Eesti_Evangeeliumi_Luteri_Usu_Konsistoorium, lk 7
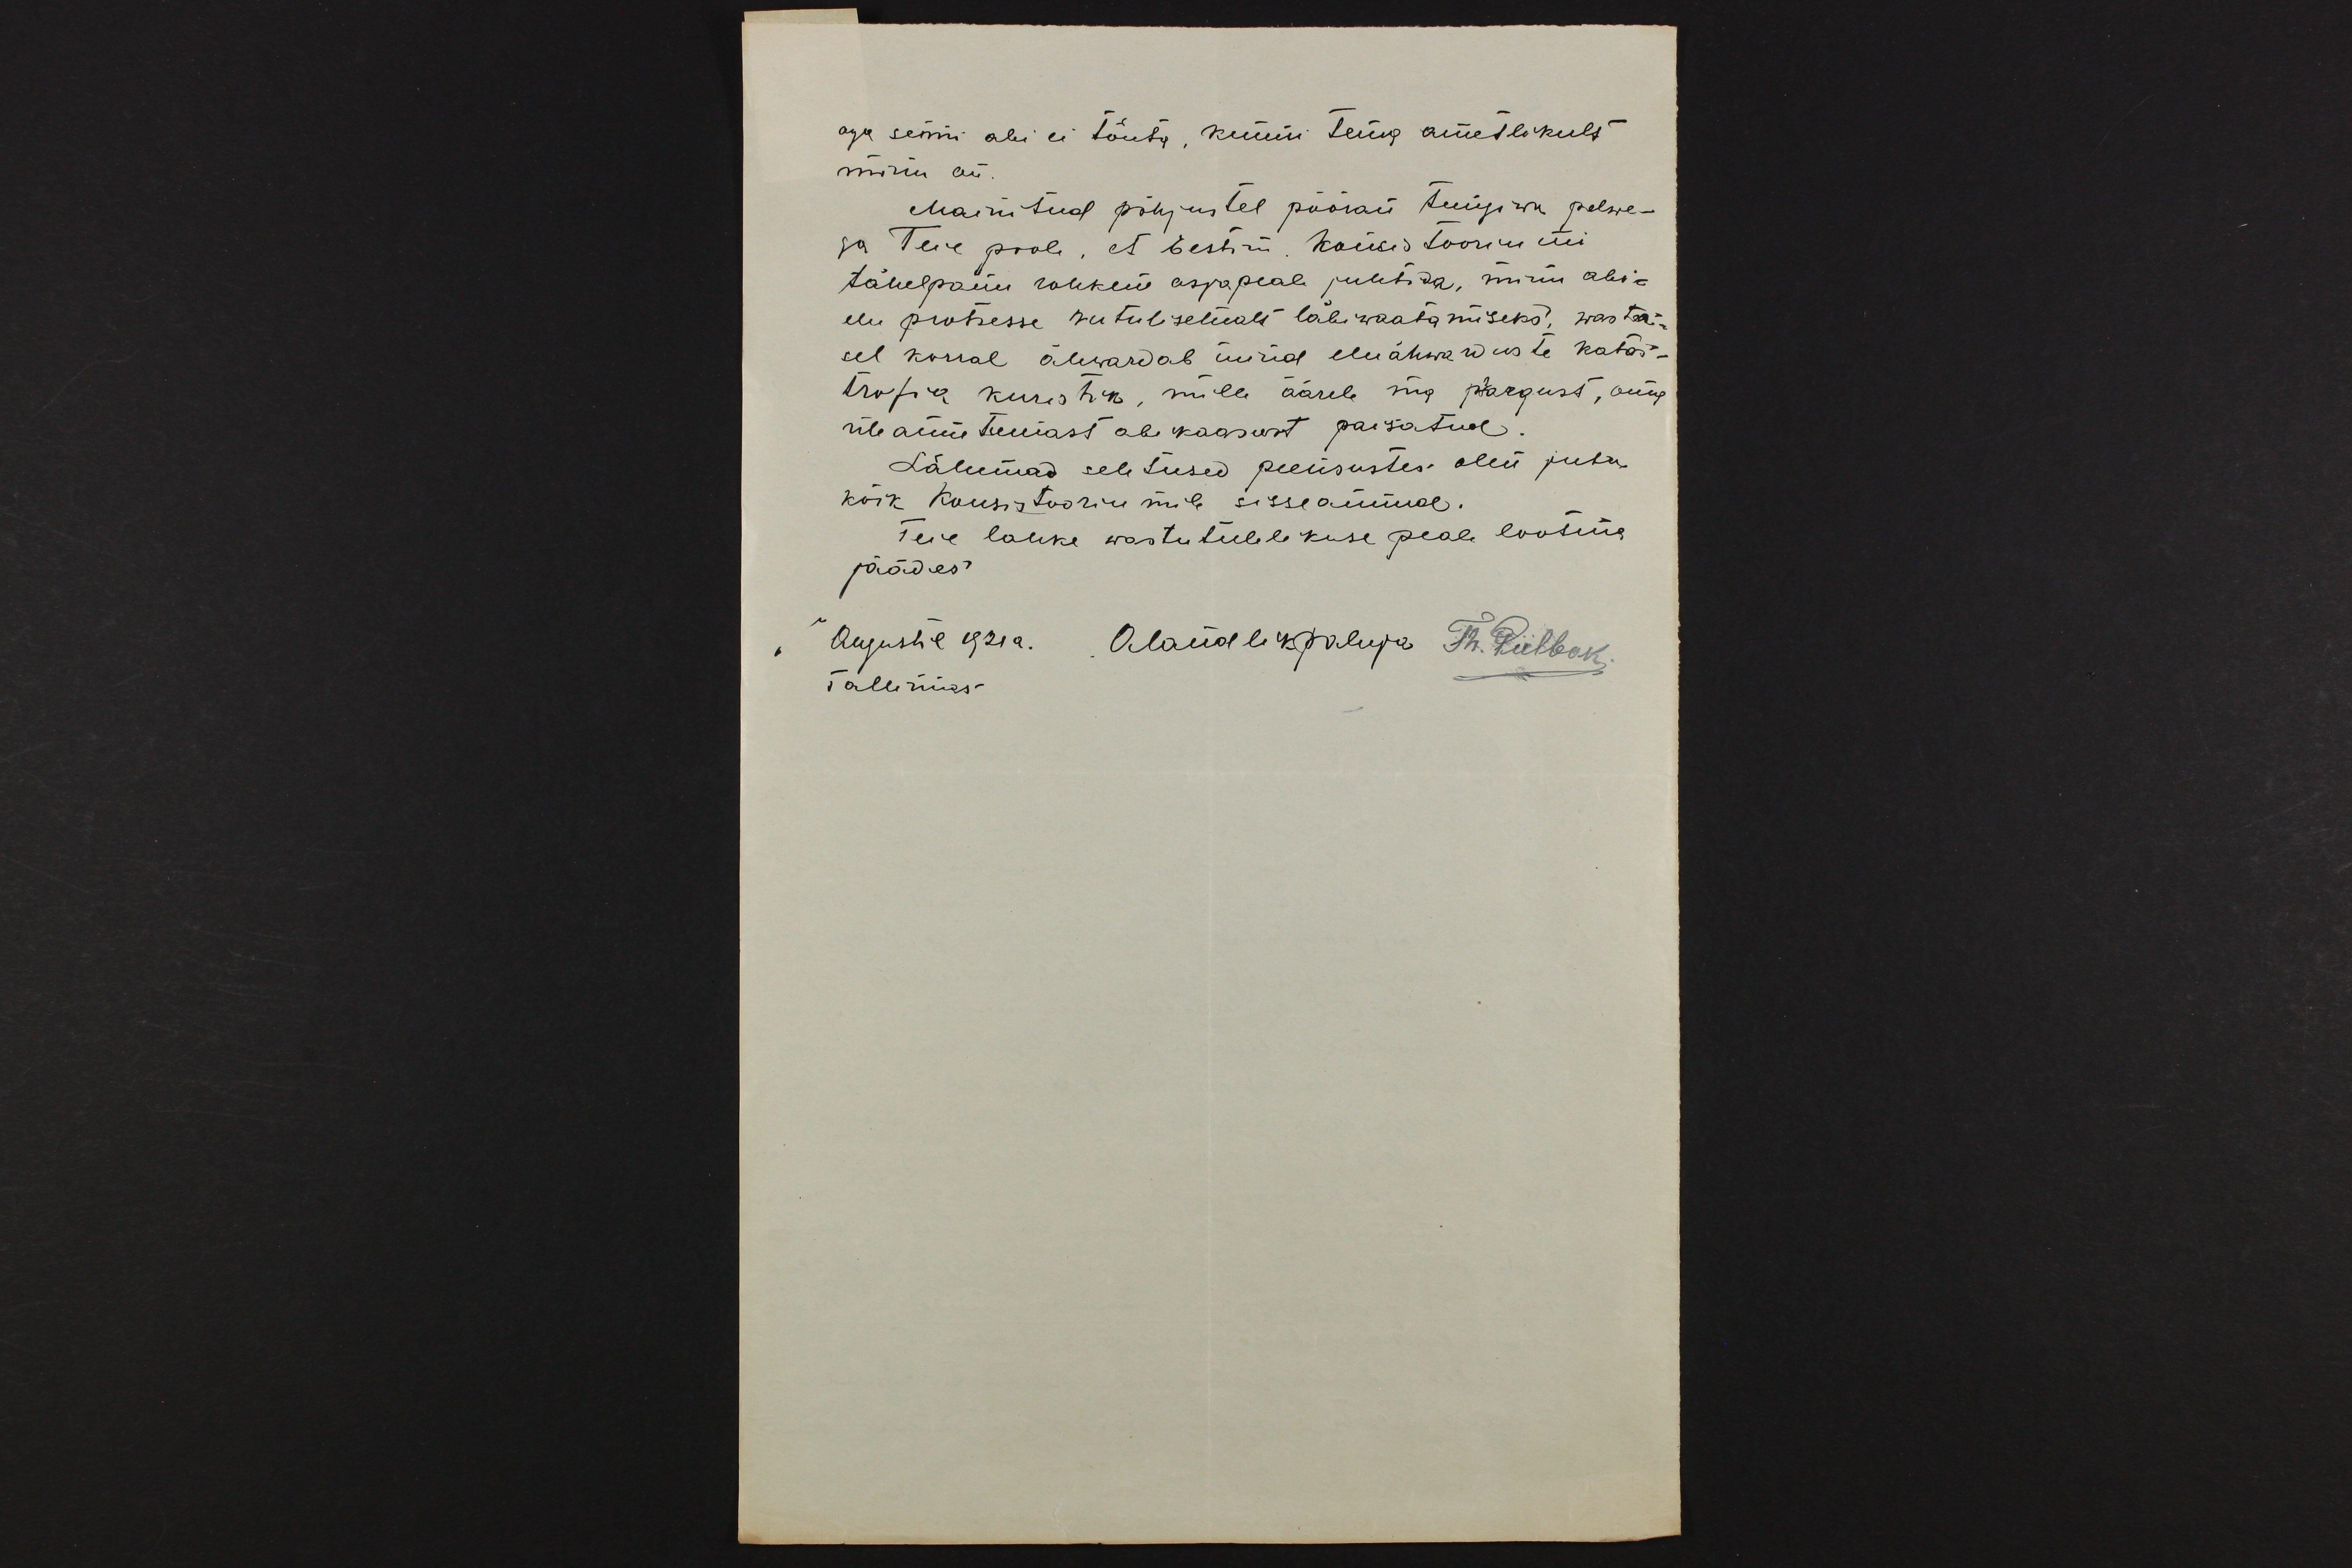
aga senni abi ei tõuta, kunni tema ametlikult
minu on.
Mainitud põhjustel pööran tungiwa palwe-
ga Teie poole, et Eestim. Konsistooriumi
tähelpanu rohkem asjapeale juhtida, minu abi-
elu protsesse rutulisemalt läbiwaatamiseks, wasta-
sel korral ähwardab mind eluähwarduste katas-
trofia kuristik, mille äärele ma praegust, oma
üleannetumast abikaasast paisatud.
Lähemad seletused peensustes olen juba
kõik Konsistooriumile sisseannud.
Teie lahke wastutulelikuse peale lootma
jäädes
Augustil 1921a. Alandlik paluja Th. Piilbak
Tallinnas